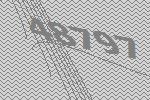
48797